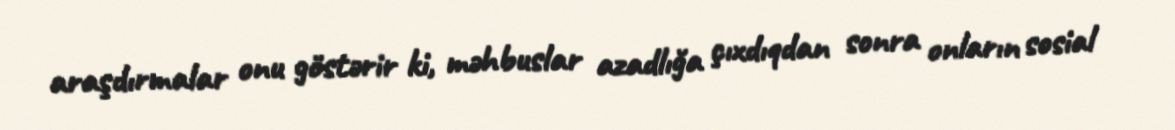
araşdırmalar onu göstərir ki, məhbuslar azadlığa çıxdıqdan sonra onların sosial